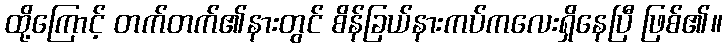
ထို့ကြောင့် တက်တက်၏နားတွင် စိန်ခြယ်နားကပ်ကလေးရှိနေပြီ ဖြစ်၏။